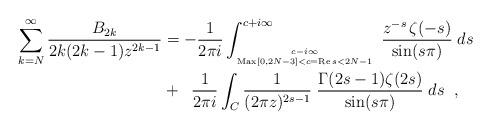
LaTeX: \begin{align*}\sum_{k=N}^{\infty} \frac{B_{2k}}{2k(2k-1)z^{2k-1}} & = - \frac{1}{2\pi i} \int_{c-i\infty \atop{{\rm Max}[0,2N-3]<c= {\rm Re}\,s<2N-1}}^{c+i\infty} \; \frac{z^{-s} \, \zeta(-s)}{\sin(s\pi)} \; ds\\& + \;\; \frac{1}{2\pi i} \int_{C} \frac{1}{(2\pi z)^{2s-1}} \; \frac{\Gamma(2s-1) \zeta(2s)}{\sin(s \pi)} \; ds \;\;,\end{align*}